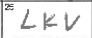
Transcription: LKV